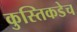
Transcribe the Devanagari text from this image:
कुस्तिकडेच